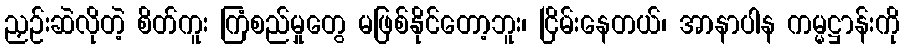
ညှဉ်းဆဲလိုတဲ့ စိတ်ကူး ကြံစည်မှုတွေ မဖြစ်နိုင်တော့ဘူး၊ ငြိမ်းနေတယ်၊ အာနာပါန ကမ္မဋ္ဌာန်းကို